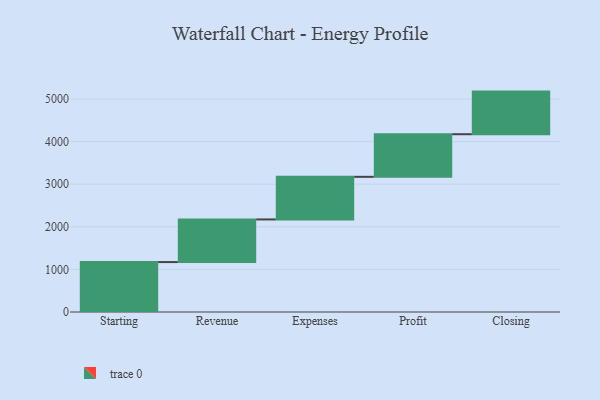
{"axis": {"x": "Step", "y": "Value"}, "legend": [""], "data": [{"x": "Starting", "y": 1172.0, "type": ""}, {"x": "Revenue", "y": 1000, "type": ""}, {"x": "Expenses", "y": 1000, "type": ""}, {"x": "Profit", "y": 1000, "type": ""}, {"x": "Closing", "y": 1000, "type": ""}]}